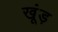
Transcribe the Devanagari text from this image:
खूंड़